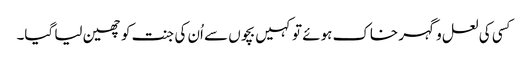
کسی کی لعل و گہر خاک ہوئے تو کہیں بچوں سے اُن کی جنت کو چھین لیا گیا۔